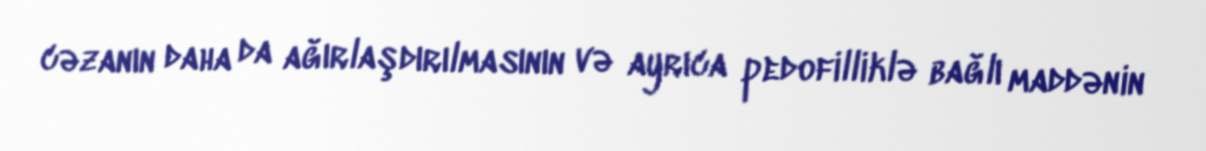
cəzanın daha da ağırlaşdırılmasının və ayrıca pedofilliklə bağlı maddənin